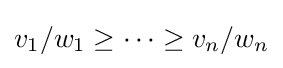
v_{1}/w_{1}\geq \cdots \geq v_{n}/w_{n}